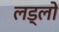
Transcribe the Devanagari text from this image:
लड्लो